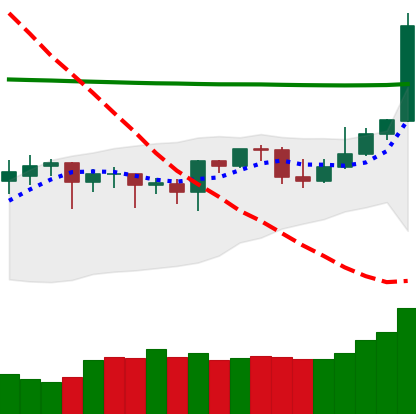
Ticker: DOGE-USD
Chart end date: 2020-04-26
Forward return: 3.528%
Label: up_3_5